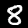
Label: 8